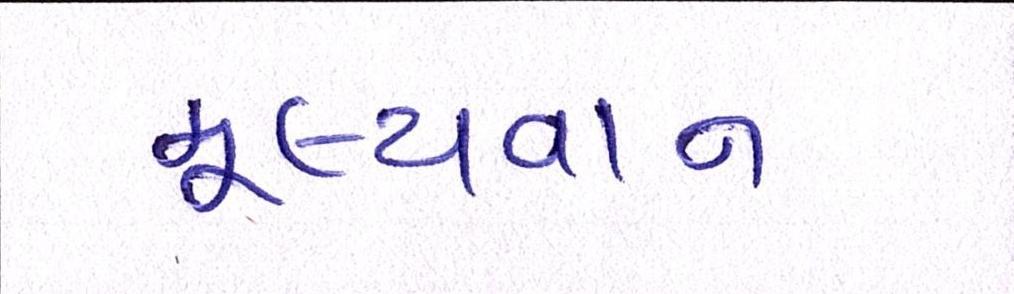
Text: મૂલ્યવાન